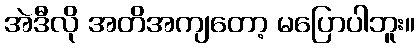
အဲဒီလို အတိအကျတော့ မပြောပါဘူး။